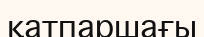
қатпаршағы